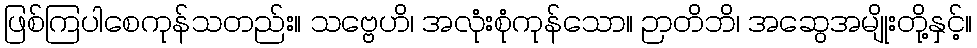
ဖြစ်ကြပါစေကုန်သတည်း။ သဗ္ဗေဟိ၊ အလုံးစုံကုန်သော။ ဉာတိဘိ၊ အဆွေအမျိုးတို့နှင့်။